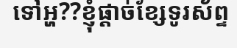
ទៅអ្ហ??ខ្ញុំផ្តាច់ខ្សែទូរស័ព្ទ